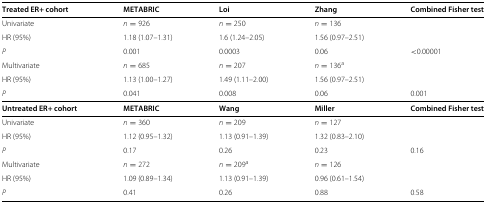
| Treated ER+ cohort | METABRIC | Loi | Zhang | Combined Fisher test |
 | --- | --- | --- | --- | --- |
 | Univariate | n=926 | n=250 | n=136 |  |
 | HR (95%) | 1.18 (1.07–1.31) | 1.6 (1.24–2.05) | 1.56 (0.97–2.51) |  |
 | P | 0.001 | 0.0003 | 0.06 | <0.00001 |
 | Multivariate | n=685 | n=207 | n=136a |  |
 | HR (95%) | 1.13 (1.00–1.27) | 1.49 (1.11–2.00) | 1.56 (0.97–2.51) |  |
 | P | 0.041 | 0.008 | 0.06 | 0.001 |
 | Untreated ER+ cohort | METABRIC | Wang | Miller | Combined Fisher test |
 | Univariate | n=360 | n=209 | n=127 |  |
 | HR (95%) | 1.12 (0.95–1.32) | 1.13 (0.91–1.39) | 1.32 (0.83–2.10) |  |
 | P | 0.17 | 0.26 | 0.23 | 0.16 |
 | Multivariate | n=272 | n=209a | n=126 |  |
 | HR (95%) | 1.09 (0.89–1.34) | 1.13 (0.91–1.39) | 0.96 (0.61–1.54) |  |
 | P | 0.41 | 0.26 | 0.88 | 0.58 |